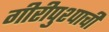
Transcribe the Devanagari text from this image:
गीरीपुश्पाची